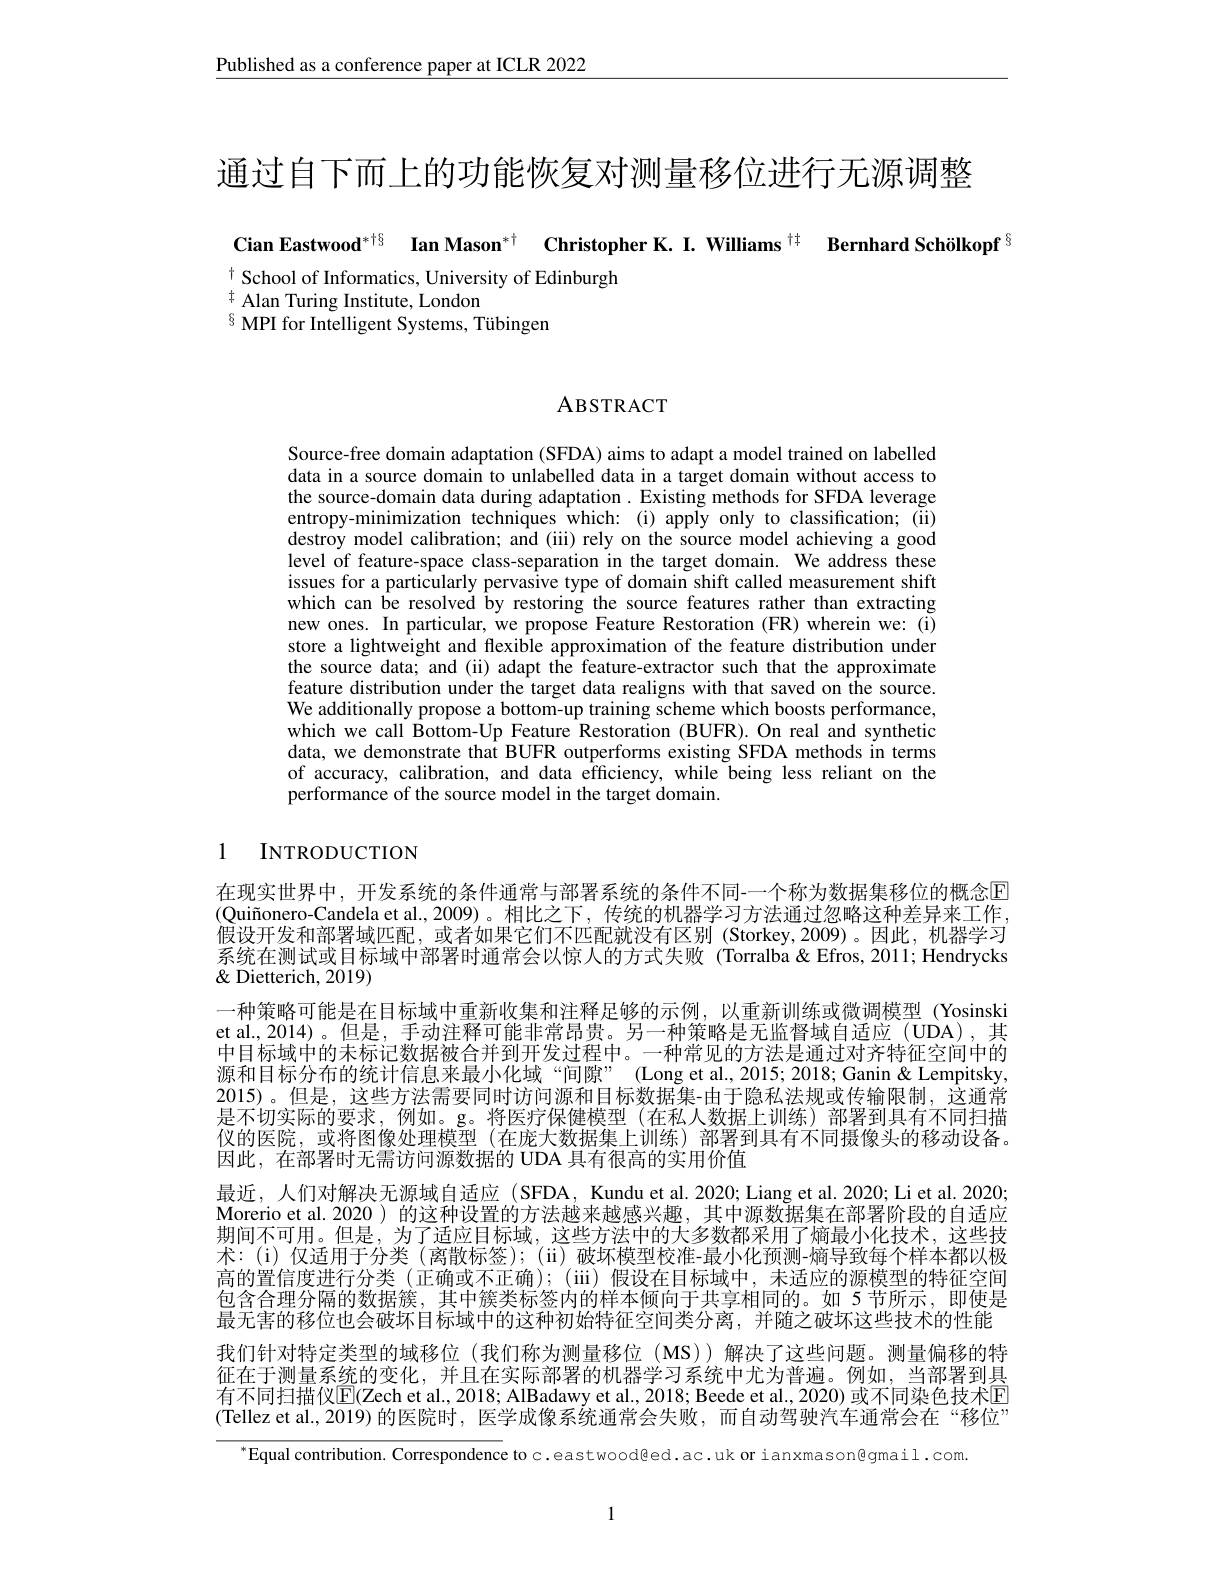
$\underline{\text{Published as a conference paper at ICLR 2022}}$

通过自下而上的功能恢复对测量移位进行无源调整

# Cian Eastwood$^{*+6}$ Ian Mason$^*\dagger$ Christopher K. I. Williams$^{+\dagger}$ Bernhard Schölkopf$^{8}$ $^{\dagger}$ School of Informatics, University of Edinburgh $^{\ddagger}$ Alan Turing Institute, London $^{8}{\mathrm{~MPI~for~Intelligent~Systems,~Tübingen}}$

ABSTRACT

Source-free domain adaptation (SFDA) aims to adapt a model trained on labelled data in a source domain to unlabelled data in a target domain without access to the source-domain data during adaptation . Existing methods for SFDA leverage entropy-minimization techniques which:(i) apply only to classification; (ii) destroy model calibration; and (iii) rely on the source model achieving a good level of feature-space class-separation in the target domain. We address these issues for a particularly pervasive type of domain shift called measurement shift which can be resolved by restoring the source features rather than extracting new ones. In particular, we propose Feature Restoration (FR) wherein we: (i) store a lightweight and flexible approximation of the feature distribution under the source data; and (ii) adapt thê feature-extractor such that the approximate feature distribution under the target data realigns with that saved on the source We additionally propose a bottom-up training scheme which boosts performance, which we call Bottom-Up Feature Restoration (BUFR).On real and synthetic data, we demonstrate that BUFR outperforms existing SFDA methods in terms of accuracy, calibration, and data efficiency, while being less reliant on the performance of the source model in the target domain.

# 1 INTRODUCTION

在现实世界中，开发系统的条件通常与部署系统的条件不同-一个称为数据集移位的概念$\color{red}{\mathrm{E}}$ (Quiñonero-Candela et al.,2009)。相比之下，传统的机器学习方法通过忽略这种差异来工作假设开发和部署域匹配，或者如果它们不匹配就没有区别 (Storkey,2009)。因此，机器学习系统在测试或目标域中部署时通常会以惊人的方式失败 (Torralba&Efros,2011; Hendrycks $\&$ Dietterich, 2019)
一种策略可能是在目标域中重新收集和注释足够的示例，以重新训练或微调模型 (Yosinski et al.,2014)。但是，手动注释可能非常昂贵。另一种策略是无监督域自适应(UDA),其中目标域中的未标记数据被合并到开发过程中。一种常见的方法是通过对齐特征空间中的源和目标分布的统计信息来最小化域“间隙”(Long et al.,2015; 2018; Ganin& Lempitsky, 2015)。但是，这些方法需要同时访问源和目标数据集-由于隐私法规或传输限制，这通常是不切实际的要求，例如。g。将医疗保健模型(在私人数据上训练)部署到具有不同扫描仪的医院，或将图像处理模型 (在庞大数据集上训练) 部署到具有不同摄像头的移动设备。因此，在部署时无需访问源数据的 UDA 具有很高的实用价值
最近，人们对解决无源域自适应(SFDA, Kundu et al.2020; Liang et al.2020; Li et al. 2020; Morerio et al. 2020) 的这种设置的方法越来越感兴趣，其中源数据集在部署阶段的自适应期间不可用。但是，为了适应目标域，这些方法中的大多数都采用了熵最小化技术，这些技术：(i)仅适用于分类(离散标签);(ii)破坏模型校准-最小化预测-熵导致每个样本都以极高的置信度进行分类 (正确或不正确); (iii) 假设在目标域中，未适应的源模型的特征空间包含合理分隔的数据簇，其中簇类标签内的样本倾向于共享相同的。如 5节所示，即使是最无害的移位也会破坏目标域中的这种初始特征空间类分离，并随之破坏这些技术的性能我们针对特定类型的域移位(我们称为测量移位(MS))解决了这些问题。测量偏移的特征在于测量系统的变化，并且在实际部署的机器学习系统中尤为普遍。例如，当部署到具有不同扫描仪$\mathbb{E}($Zech et al., 2018; AlBadawy et al., 2018; Beede et al., 2020) 或不同染色技术$\mathbb{E}$ (Tellez et al.,2019)的医院时，医学成像系统通常会失败，而自动驾驶汽车通常会在“移位”

$^{*}$Equal contribution. Correspondence to c.eastwood@ed.ac.uk or ianxmason@gmail.com.

1